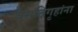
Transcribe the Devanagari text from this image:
वसतिगृहांना